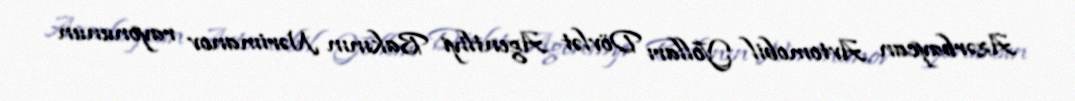
Azərbaycan Avtomobil Yolları Dövlət Agentliyi Bakının Nərimanov rayonunun